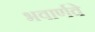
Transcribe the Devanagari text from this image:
भवार्णवे